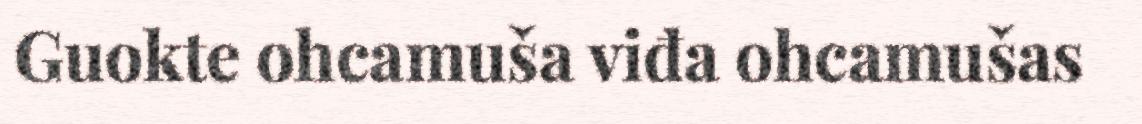
Guokte ohcamuša viđa ohcamušas